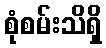
စုံစမ်းသိရှိ